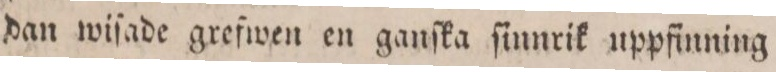
dan wiſade grefwen en ganſka ſinnrik uppfinning